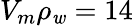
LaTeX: V_{m}\rho_{\mathit{w}}=14